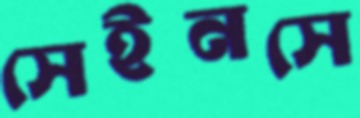
সেইনসে